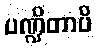
ပဏ္ဍိတာပိ